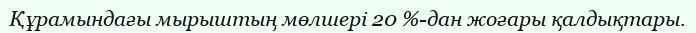
Құрамындағы мырыштың мөлшері 20 %-дан жоғары қалдықтары.